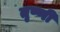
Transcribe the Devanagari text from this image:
तृष्णी